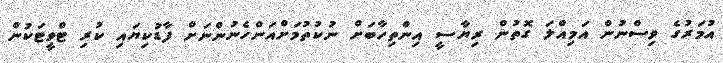
އުމަރުގެ ވިސްނުން އަމިއްލަ ގޮތުން ރިޔާސީ އިންތިހާބަށް ނުކުތުމަށްއަންހެނުންނަށް ފާޑުކިޔައި ކުރި ޓްވީޓަކުން